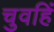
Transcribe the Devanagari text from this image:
चुवहिं